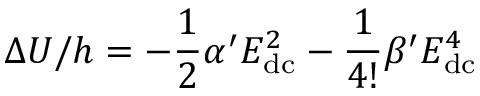
\Delta U / h = - \frac { 1 } { 2 } \alpha ^ { \prime } E _ { \mathrm { d c } } ^ { 2 } - \frac { 1 } { 4 ! } \beta ^ { \prime } E _ { \mathrm { d c } } ^ { 4 }